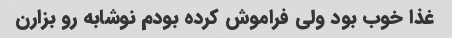
غذا خوب بود ولی فراموش کرده بودم نوشابه رو بزارن